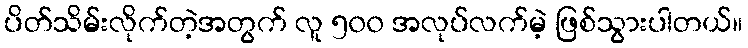
ပိတ်သိမ်းလိုက်တဲ့အတွက် လူ ၅၀၀ အလုပ်လက်မဲ့ ဖြစ်သွားပါတယ်။